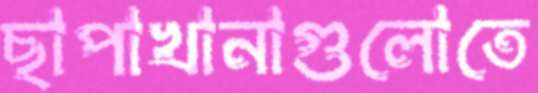
ছাপাখানাগুলোতে